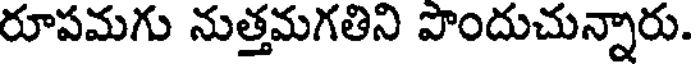
రూపమగు నుత్తమగతిని పొందుచున్నారు.